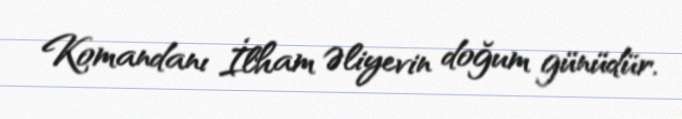
Komandanı İlham Əliyevin doğum günüdür.